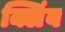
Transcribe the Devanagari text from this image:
क्लिंब